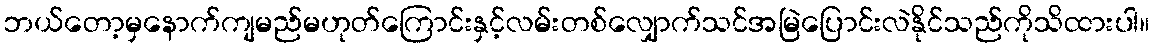
ဘယ်တော့မှနောက်ကျမည်မဟုတ်ကြောင်းနှင့်လမ်းတစ်လျှောက်သင်အမြဲပြောင်းလဲနိုင်သည်ကိုသိထားပါ။